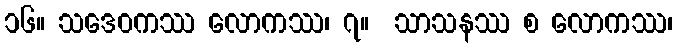
၁၆။ သဒေဝကဿ လောကဿ၊ ၇။  သာသနဿ စ လောကဿ၊